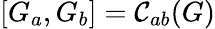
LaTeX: [G_{a},G_{b}]=\mathcal{C}_{ab}(G)